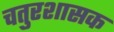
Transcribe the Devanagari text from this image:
चतुरशासक